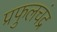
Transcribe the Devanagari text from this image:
प्रफुलचंद्र